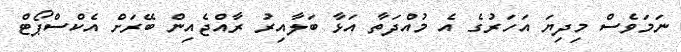
ނަމަވެސް މިދިޔަ އަހަރުގެ އެ މުއްދަތާ އަޅާ ބަލާއިރު ރާއްޖެއިން ބޭރަށް އެކްސްޕޯޓް